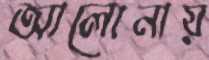
আলোনায়